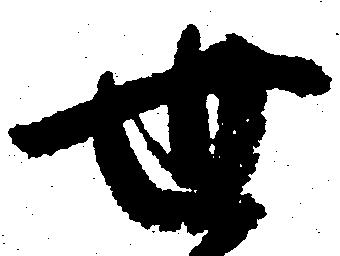
世